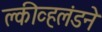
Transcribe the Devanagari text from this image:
क्लीव्हलंडने